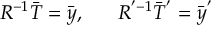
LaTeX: R ^ { - 1 } \bar { T } = \bar { y } , ~ ~ ~ ~ ~ R ^ { ' - 1 } \bar { T } ^ { ' } = \bar { y } ^ { ' }